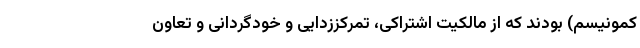
کمونیسم) بودند که از مالکیت اشتراکی، تمرکززدایی و خودگردانی و تعاون